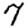
Digit: 7